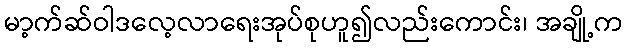
မာ့က်ဆ်ဝါဒလေ့လာရေးအုပ်စုဟူ၍လည်းကောင်း၊ အချို့က